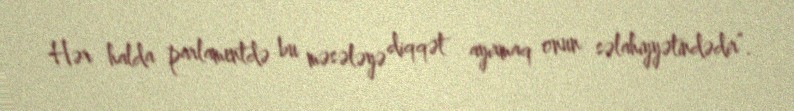
Hər halda parlamentdə bu məsələyə diqqət ayırmaq onun səlahiyyətindədir”.